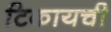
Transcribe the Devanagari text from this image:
टिकायची